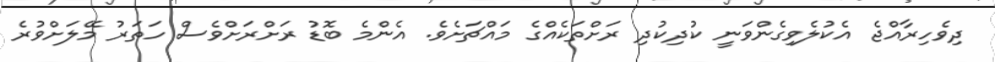
ދިވެހިރާއްޖެ އެކުލެވިގެންވަނީ ކުދިކުދި ރަށްތަކެއްގެ މައްޗަށެވެ. އެންމެ ބޮޑު ރަށްރަށްވެސް ހަތަރު މޭލަށްވުރެ